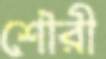
শৌরী